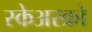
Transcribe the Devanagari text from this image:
स्केअरक्रो